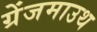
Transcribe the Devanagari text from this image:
ग्रेंजमाउथ